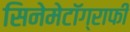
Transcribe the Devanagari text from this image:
सिनेमेटॉग्राफी